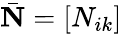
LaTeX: \bar{\mathbf N}=[N_{ik}]